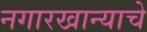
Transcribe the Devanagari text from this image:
नगारखान्याचे